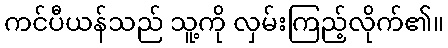
ကင်ပီယန်သည် သူ့ကို လှမ်းကြည့်လိုက်၏။